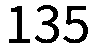
135